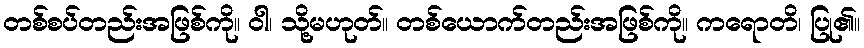
တစ်စပ်တည်းအဖြစ်ကို။ ဝါ၊ သို့မဟုတ်။ တစ်ယောက်တည်းအဖြစ်ကို။ ကရောတိ၊ ပြု၏။